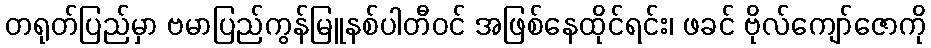
တရုတ်ပြည်မှာ ဗမာပြည်ကွန်မြူနစ်ပါတီဝင် အဖြစ်နေထိုင်ရင်း၊ ဖခင် ဗိုလ်ကျော်ဇောကို